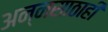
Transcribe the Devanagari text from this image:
अन्नसाठाही